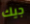
جيك